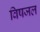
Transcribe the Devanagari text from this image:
विषजल